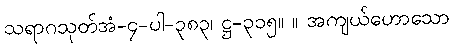
သရာဂသုတ်အံ-၄-ပါ-၃၈၃၊ ဋ္ဌ-၃၁၅။ ။ အကျယ်ဟောသော